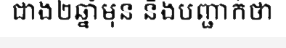
ជាង២ឆ្នាំមុន និងបញ្ជាក់ថា